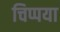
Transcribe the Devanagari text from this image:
चिप्पया